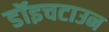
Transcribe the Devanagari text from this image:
डॉइचटाउन